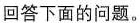
回答下面的问题。